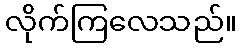
လိုက်ကြလေသည်။